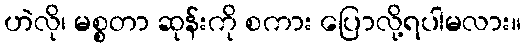
ဟဲလို၊ မစ္စတာ ဆုန်းကို စကား ပြောလို့ရပါမလား။